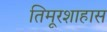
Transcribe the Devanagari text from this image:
तिमूरशाहास